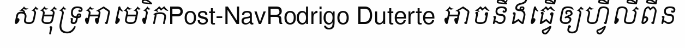
សមុទ្រអាមេរិកPost-NavRodrigo Duterte អាចនឹងធ្វើឲ្យហ្វីលីពីន